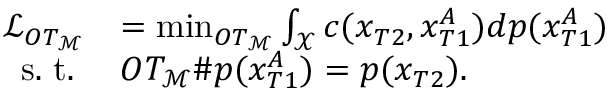
\begin{array} { r l } { \mathcal { L } _ { O T _ { \mathcal { M } } } } & { = \operatorname* { m i n } _ { O T _ { \mathcal { M } } } \int _ { \mathcal { X } } c ( x _ { T 2 } , x _ { T 1 } ^ { A } ) d p ( x _ { T 1 } ^ { A } ) } \\ { \mathrm { s . ~ t . ~ } } & { O T _ { \mathcal { M } } \# p ( x _ { T 1 } ^ { A } ) = p ( x _ { T 2 } ) . } \end{array}